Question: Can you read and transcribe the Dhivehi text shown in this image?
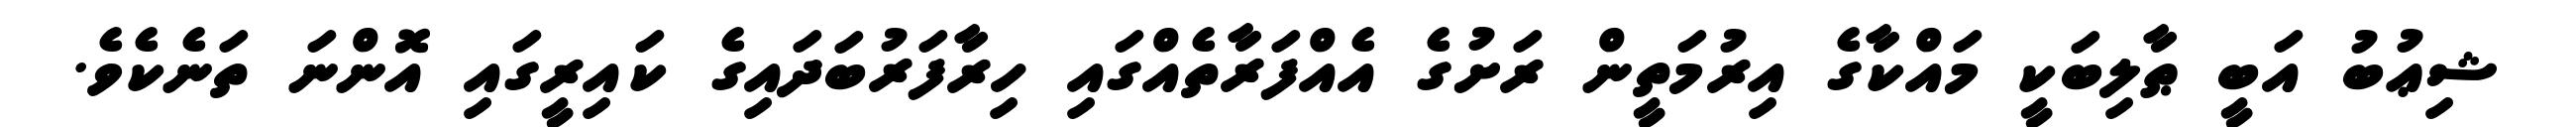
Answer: ޝިޢުބު އަބީ ޠާލިބަކީ މައްކާގެ އިރުމަތީން ރަށުގެ އެއްފަރާތެއްގައި ހިރާފަރުބަދައިގެ ކައިރީގައި އޮންނަ ތަނެކެވެ.